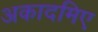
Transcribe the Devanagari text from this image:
अकादमिए